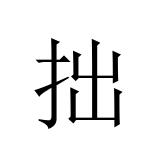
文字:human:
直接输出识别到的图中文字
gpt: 拙